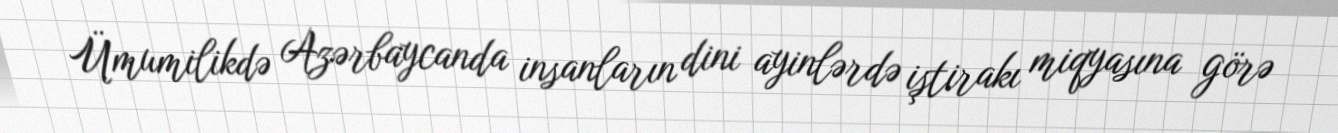
Ümumilikdə Azərbaycanda insanların dini ayinlərdə iştirakı miqyasına görə